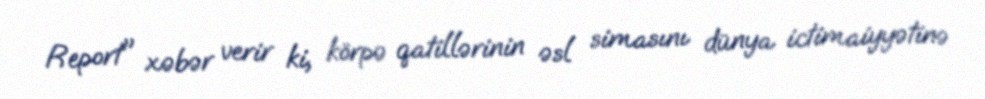
Report" xəbər verir ki, körpə qatillərinin əsl simasını dünya ictimaiyyətinə